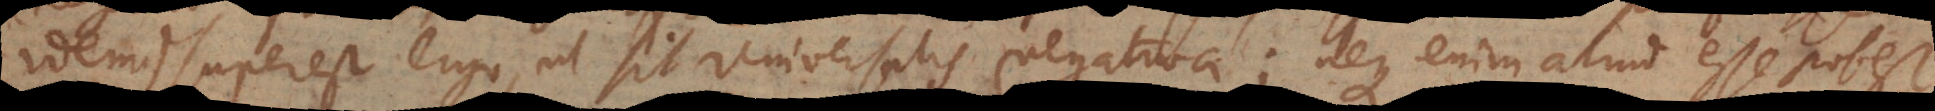
idem), superest ergo, ut sit universalis negativa; neque enim aliud esse potest.